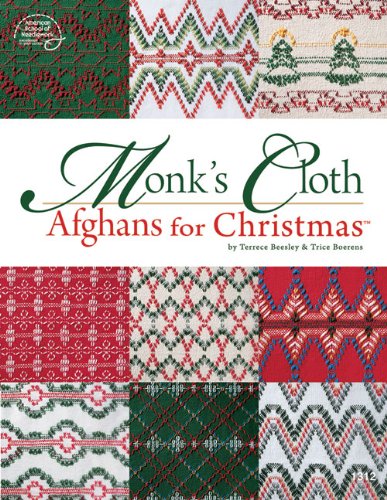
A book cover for Monk's Cloth Afghans for Christmas; Terrece Beesley; Crafts, Hobbies & Home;